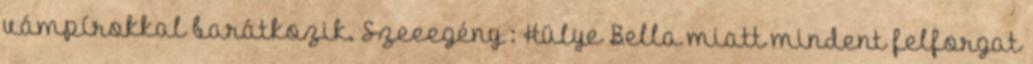
vámpírokkal barátkozik. Szeeegény : Hülye Bella miatt mindent felforgat